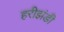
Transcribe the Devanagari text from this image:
हरीझंडी